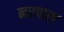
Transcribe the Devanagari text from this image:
नरपाल